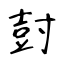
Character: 尌